Civil Veterinary Dept. Bombay admin report 1893-99 - 1893-1899
Year: 1893
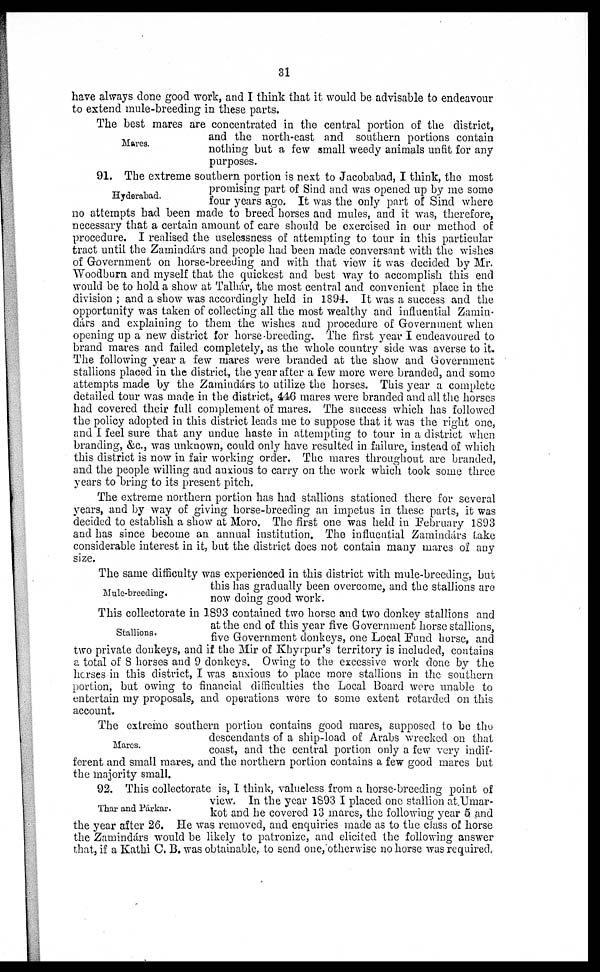
31
have always done good work, and I think that it would be advisable to endeavour
to extend mule-breeding in these parts.
Mares.
The best mares are concentrated in the central portion of the district,
and the north-cast and southern portions contain
nothing but a few small weedy animals unfit for any
purposes.
Hyderabad.
91. The extreme southern portion is next to Jacobabad, I think, the most
promising part of Sind and was opened up by me some
four years ago. It was the only part of Sind where
no attempts had been made to breed horses and mules, and it was, therefore,
necessary that a certain amount of care should be exercised in our method of
procedure. I realised the uselessness of attempting to tour in this particular
tract until the Zamindárs and people had been made conversant with the wishes
of Government on horse-breeding and with that view it was decided by Mr.
Woodburn and myself that the quickest and best way to accomplish this end
would be to hold a show at Talhár, the most central and convenient place in the
division ; and a show was accordingly held in 1894. It was a success and the
opportunity was taken of collecting all the most wealthy and influential Zamin-
dárs and explaining to them the wishes and procedure of Government when
opening up a new district for horse-breeding. The first year I endeavoured to
brand mares and failed completely, as the whole country side was averse to it.
The following year a few mares were branded at the show and Government
stallions placed in the district, the year after a few more were branded, and some
attempts made by the Zamindárs to utilize the horses. This year a complete
detailed tour was made in the district, 446 mares were branded and all the horses
had covered their full complement of mares. The success which has followed
the policy adopted in this district leads me to suppose that it was the right one,
and I feel sure that any undue haste in attempting to tour in a district when
branding, &c., was unknown, could only have resulted in failure, instead of which
this district is now in fair working order. The mares throughout are branded,
and the people willing and anxious to carry on the work which took some three
years to bring to its present pitch.
The extreme northern portion has had stallions stationed there for several
years, and by way of giving horse-breeding an impetus in these parts, it was
decided to establish a show at Moro. The first one was held in February 1893
and has since become an annual institution. The influential Zamindárs take
considerable interest in it, but the district does not contain many mares of any
size.
Mule-breeding.
The same difficulty was experienced in this district with mule-breeding, but
this has gradually been overcome, and the stallions are
now doing good work.
Stallions.
This collectorate in 1893 contained two horse and two donkey stallions and
at the end of this year five Government horse stallions,
five Government donkeys, one Local Fund horse, and
two private donkeys, and if the Mir of Khyrpur's territory is included, contains
a total of 8 horses and 9 donkeys. Owing to the excessive work done by the
horses in this district, I was anxious to place more stallions in the southern
portion, but owing to financial difficulties the Local Board were unable to
entertain my proposals, and operations were to some extent retarded on this
account.
Mares.
The extreme southern portion contains good mares, supposed to be the
descendants of a ship-load of Arabs wrecked on that
coast, and the central portion only a few very indif-
ferent and small mares, and the northern portion contains a few good mares but
the majority small.
Thar and Párkar.
92. This collectorate is, I think, valueless from a horse-breeding point of
view. In the year 1893 I placed one stallion at Umar-
kot and he covered 13 mares, the following year 5 and
the year after 26. He was removed, and enquiries made as to the class of horse
the Zamindárs would be likely to patronize, and elicited the following answer
that, if a Kathi C. B. was obtainable, to send one, otherwise no horse was required.